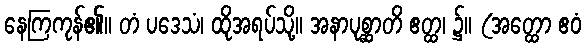
နေကြကုန်၏။ တံ ပဒေသံ၊ ထိုအရပ်သို့။ အနာပုစ္ဆာတိ ဧတ္ထ၊ ၌။ (အတ္ထော ဧဝံ